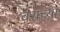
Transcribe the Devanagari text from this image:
चराच्या